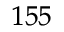
^ { 1 5 5 }